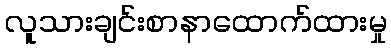
လူသားချင်းစာနာထောက်ထားမှု